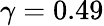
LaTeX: \gamma=0.49